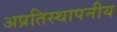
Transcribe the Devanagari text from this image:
अप्रतिस्थापनीय